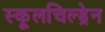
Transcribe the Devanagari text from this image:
स्कूलचिल्ड्रेन